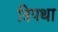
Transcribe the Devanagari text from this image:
त्रिपथा